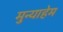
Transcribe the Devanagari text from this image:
मुन्याहेम